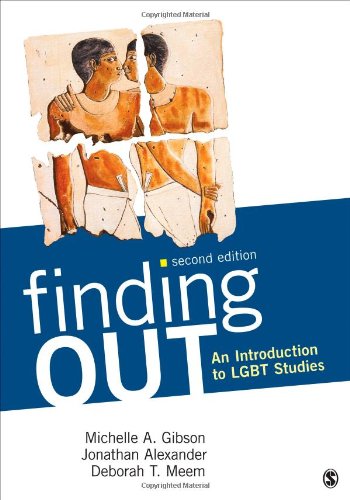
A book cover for Finding Out: An Introduction to LGBT Studies; Michelle A. Gibson; Gay & Lesbian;